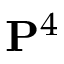
\mathbf { P } ^ { 4 }